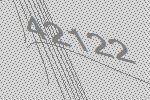
42122